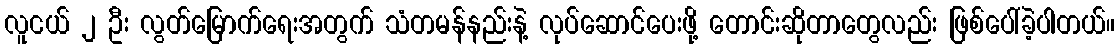
လူငယ် ၂ ဦး လွတ်မြောက်ရေးအတွက် သံတမန်နည်းနဲ့ လုပ်ဆောင်ပေးဖို့ တောင်းဆိုတာတွေလည်း ဖြစ်ပေါ်ခဲ့ပါတယ်။